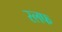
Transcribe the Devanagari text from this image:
स्लफ